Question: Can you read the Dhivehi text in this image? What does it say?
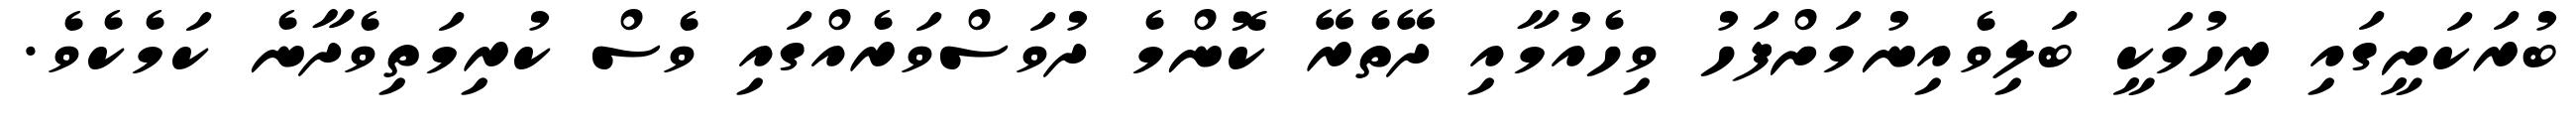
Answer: ބުރަކަށީގައި ރިހުމަކީ ބަލިވެއިނުމަށްފަހު ވިހެއުމާއި ދޭތެރޭ ކޮންމެ ދުވަސްވަރެއްގައި ވެސް ކުރިމަތިވެދާނެ ކަމެކެވެ.